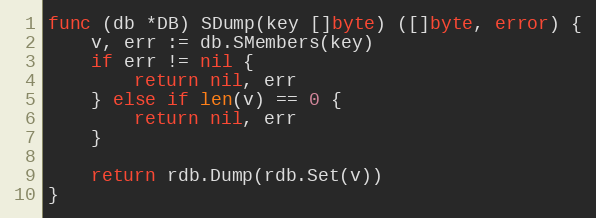
Language: Go
func (db *DB) SDump(key []byte) ([]byte, error) {
	v, err := db.SMembers(key)
	if err != nil {
		return nil, err
	} else if len(v) == 0 {
		return nil, err
	}

	return rdb.Dump(rdb.Set(v))
}